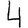
Digit: 4